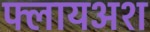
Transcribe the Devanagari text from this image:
फ्लायअश